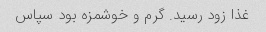
غذا زود رسید. گرم و خوشمزه بود سپاس